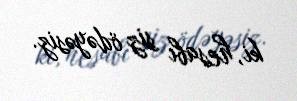
ki, hesabı siz ödəyəsiz.